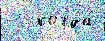
   когда́